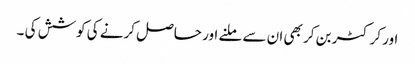
اور کرکٹر بن کر بھی ان سے ملنے اور حاصل کرنے کی کوشش کی ۔